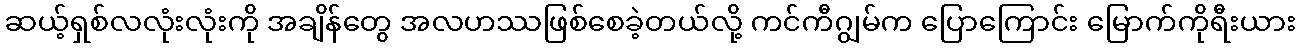
ဆယ့်ရှစ်လလုံးလုံးကို အချိန်တွေ အလဟဿဖြစ်စေခဲ့တယ်လို့ ကင်ကီဂျွမ်က ပြောကြောင်း မြောက်ကိုရီးယား